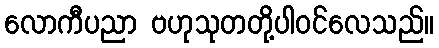
လောကီပညာ ဗဟုသုတတို့ပါဝင်လေသည်။